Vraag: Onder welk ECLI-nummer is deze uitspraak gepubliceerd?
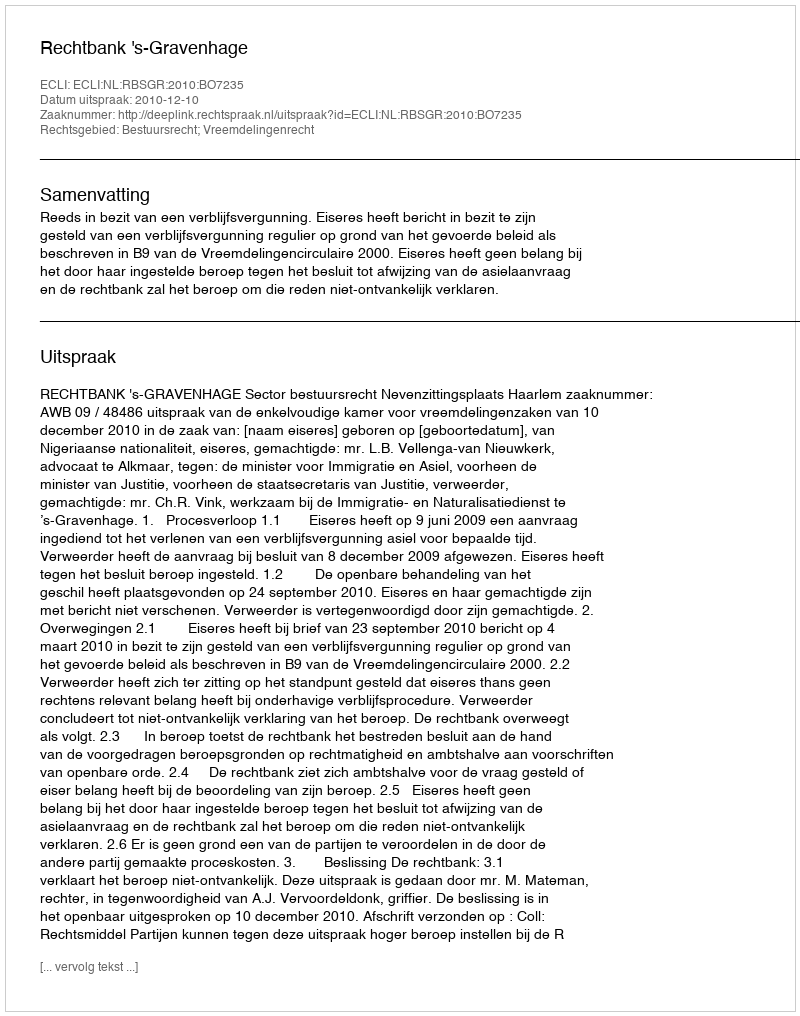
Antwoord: ECLI:NL:RBSGR:2010:BO7235